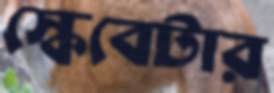
স্কেবেটার